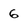
Character: 6